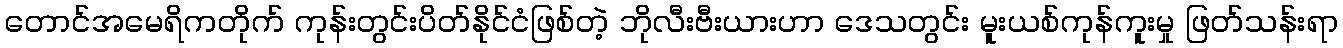
တောင်အမေရိကတိုက် ကုန်းတွင်းပိတ်နိုင်ငံဖြစ်တဲ့ ဘိုလီးဗီးယားဟာ ဒေသတွင်း မူးယစ်ကုန်ကူးမှု ဖြတ်သန်းရာ